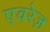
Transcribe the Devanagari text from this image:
एवरेज़